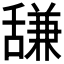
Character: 𫇗